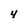
Character: 4